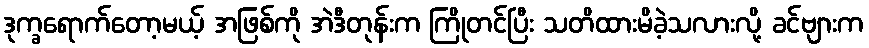
ဒုက္ခရောက်တော့မယ့် အဖြစ်ကို အဲဒီတုန်းက ကြိုတင်ပြီး သတိထားမိခဲ့သလားလို့ ခင်ဗျားက